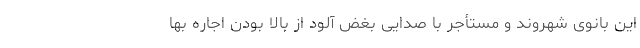
این بانوی شهروند و مستأجر با صدایی بغض آلود از بالا بودن اجاره بها